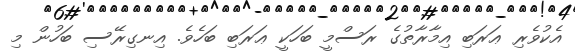
އެކުވެރި ޢަރަބި އިމާރާތުގެ ރަސްމީ ބަހަކީ ޢަރަބި ބަހެވެ. އިނގިރޭސި ބަހުން މި